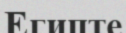
Египте